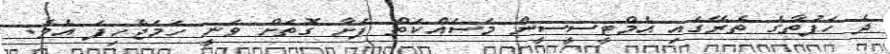
ދެ ހަފުތާގެ ތެރޭގައި އެމްޓީސީސީން މަސައްކަތް ފަށާ ގޮތަށް ވަނީ ހަމަޖެހިފަ އެވެ.